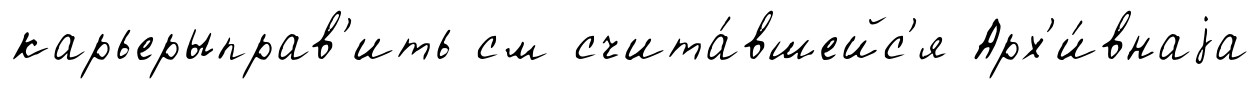
карьерыправ'ить см счита́вшейс'я Арх'и́внаjа